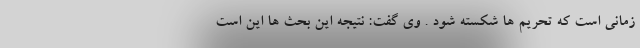
زمانی است که تحریم ها شکسته شود . وی گفت: نتیجه این بحث ها این است